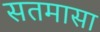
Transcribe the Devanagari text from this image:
सतमासा